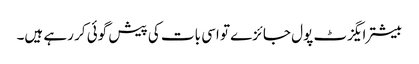
بیشتر ایگزٹ پول جائزے تو اسی بات کی پیش گوئی کر رہے ہیں۔